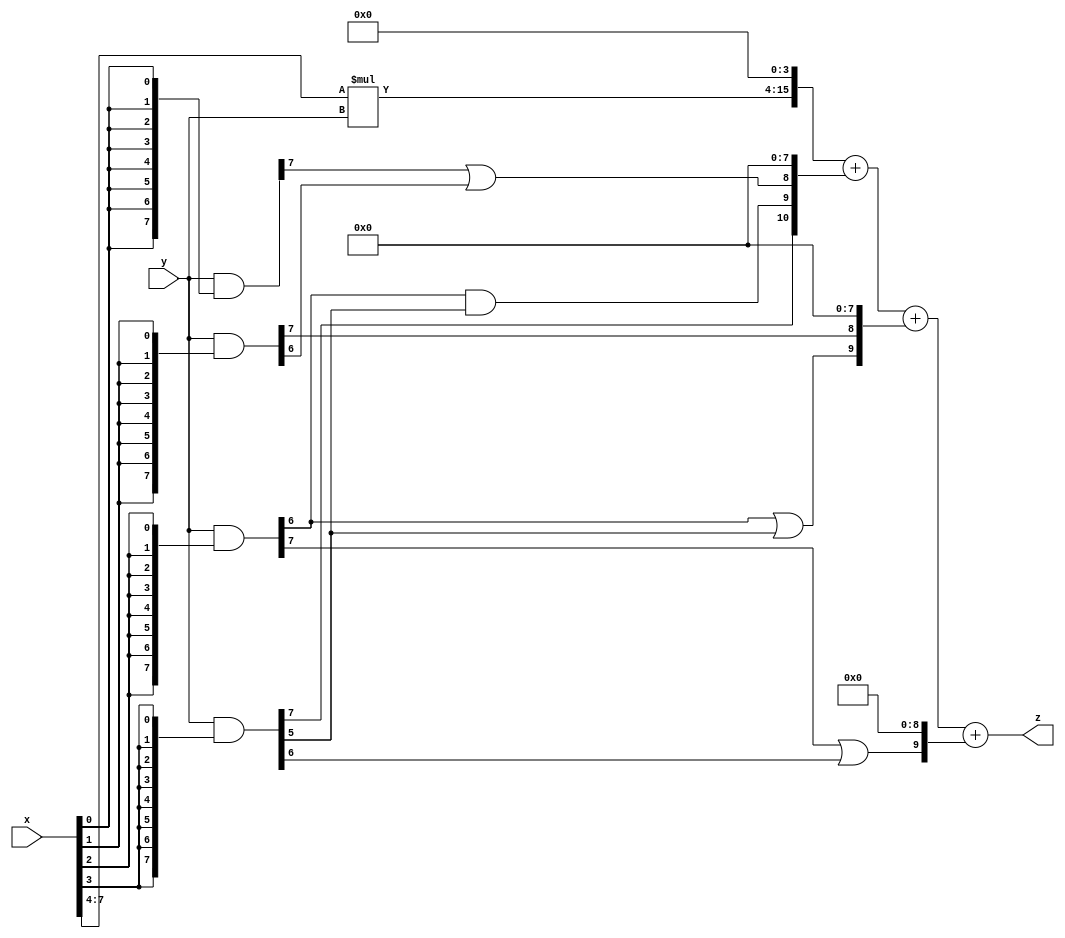
module approximate_multiplier (
    input  [7:0]  x,
    input  [7:0]  y,
    output [15:0] z
);

wire [3:0] x_mid = x[7:4];
wire [11:0] z_mid = x_mid*y;

wire [7:0] part1 =  y & {8{x[0]}};
wire [7:0] part2 = (y & {8{x[1]}});
wire [7:0] part3 = (y & {8{x[2]}});
wire [7:0] part4 = (y & {8{x[3]}});

wire [10:0] new_part1;
wire [10:0] new_part2;
wire [10:0] new_part3;

assign new_part1[0] = 0;
assign new_part1[1] = 0;
assign new_part1[2] = 0;
assign new_part1[3] = 0;
assign new_part1[4] = 0;
assign new_part1[5] = 0;
assign new_part1[6] = 0;
assign new_part1[7] = 0;
assign new_part1[8] = part1[7]|part2[6];
assign new_part1[9] = part3[6]&part4[5];
assign new_part1[10] = part4[7];

assign new_part2[0] = 0;
assign new_part2[1] = 0;
assign new_part2[2] = 0;
assign new_part2[3] = 0;
assign new_part2[4] = 0;
assign new_part2[5] = 0;
assign new_part2[6] = 0;
assign new_part2[7] = 0;
assign new_part2[8] = part2[7];
assign new_part2[9] = part3[6]|part4[5];
assign new_part2[10] = 0;

assign new_part3[0] = 0;
assign new_part3[1] = 0;
assign new_part3[2] = 0;
assign new_part3[3] = 0;
assign new_part3[4] = 0;
assign new_part3[5] = 0;
assign new_part3[6] = 0;
assign new_part3[7] = 0;
assign new_part3[8] = 0;
assign new_part3[9] = part3[7]|part4[6];
assign new_part3[10] = 0;


assign z = {z_mid, 4'b0} + new_part1 + new_part2 + new_part3;

endmodule